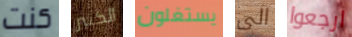
كنت الكثير يستغلون الى ارجعوا